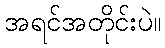
အရင်အတိုင်းပဲ။